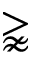
\gnapprox